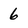
Character: 6